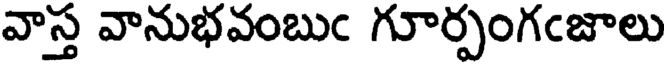
వాస్త వానుభవంబుఁ గూర్పంగఁజాలు